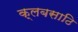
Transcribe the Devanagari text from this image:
क्लबसाठि